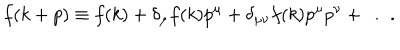
LaTeX: f ( k + p ) \equiv f ( k ) + \delta _ { \mu } f ( k ) p ^ { \mu } + \delta _ { \mu \nu } f ( k ) p ^ { \mu } p ^ { \nu } + \ldots .